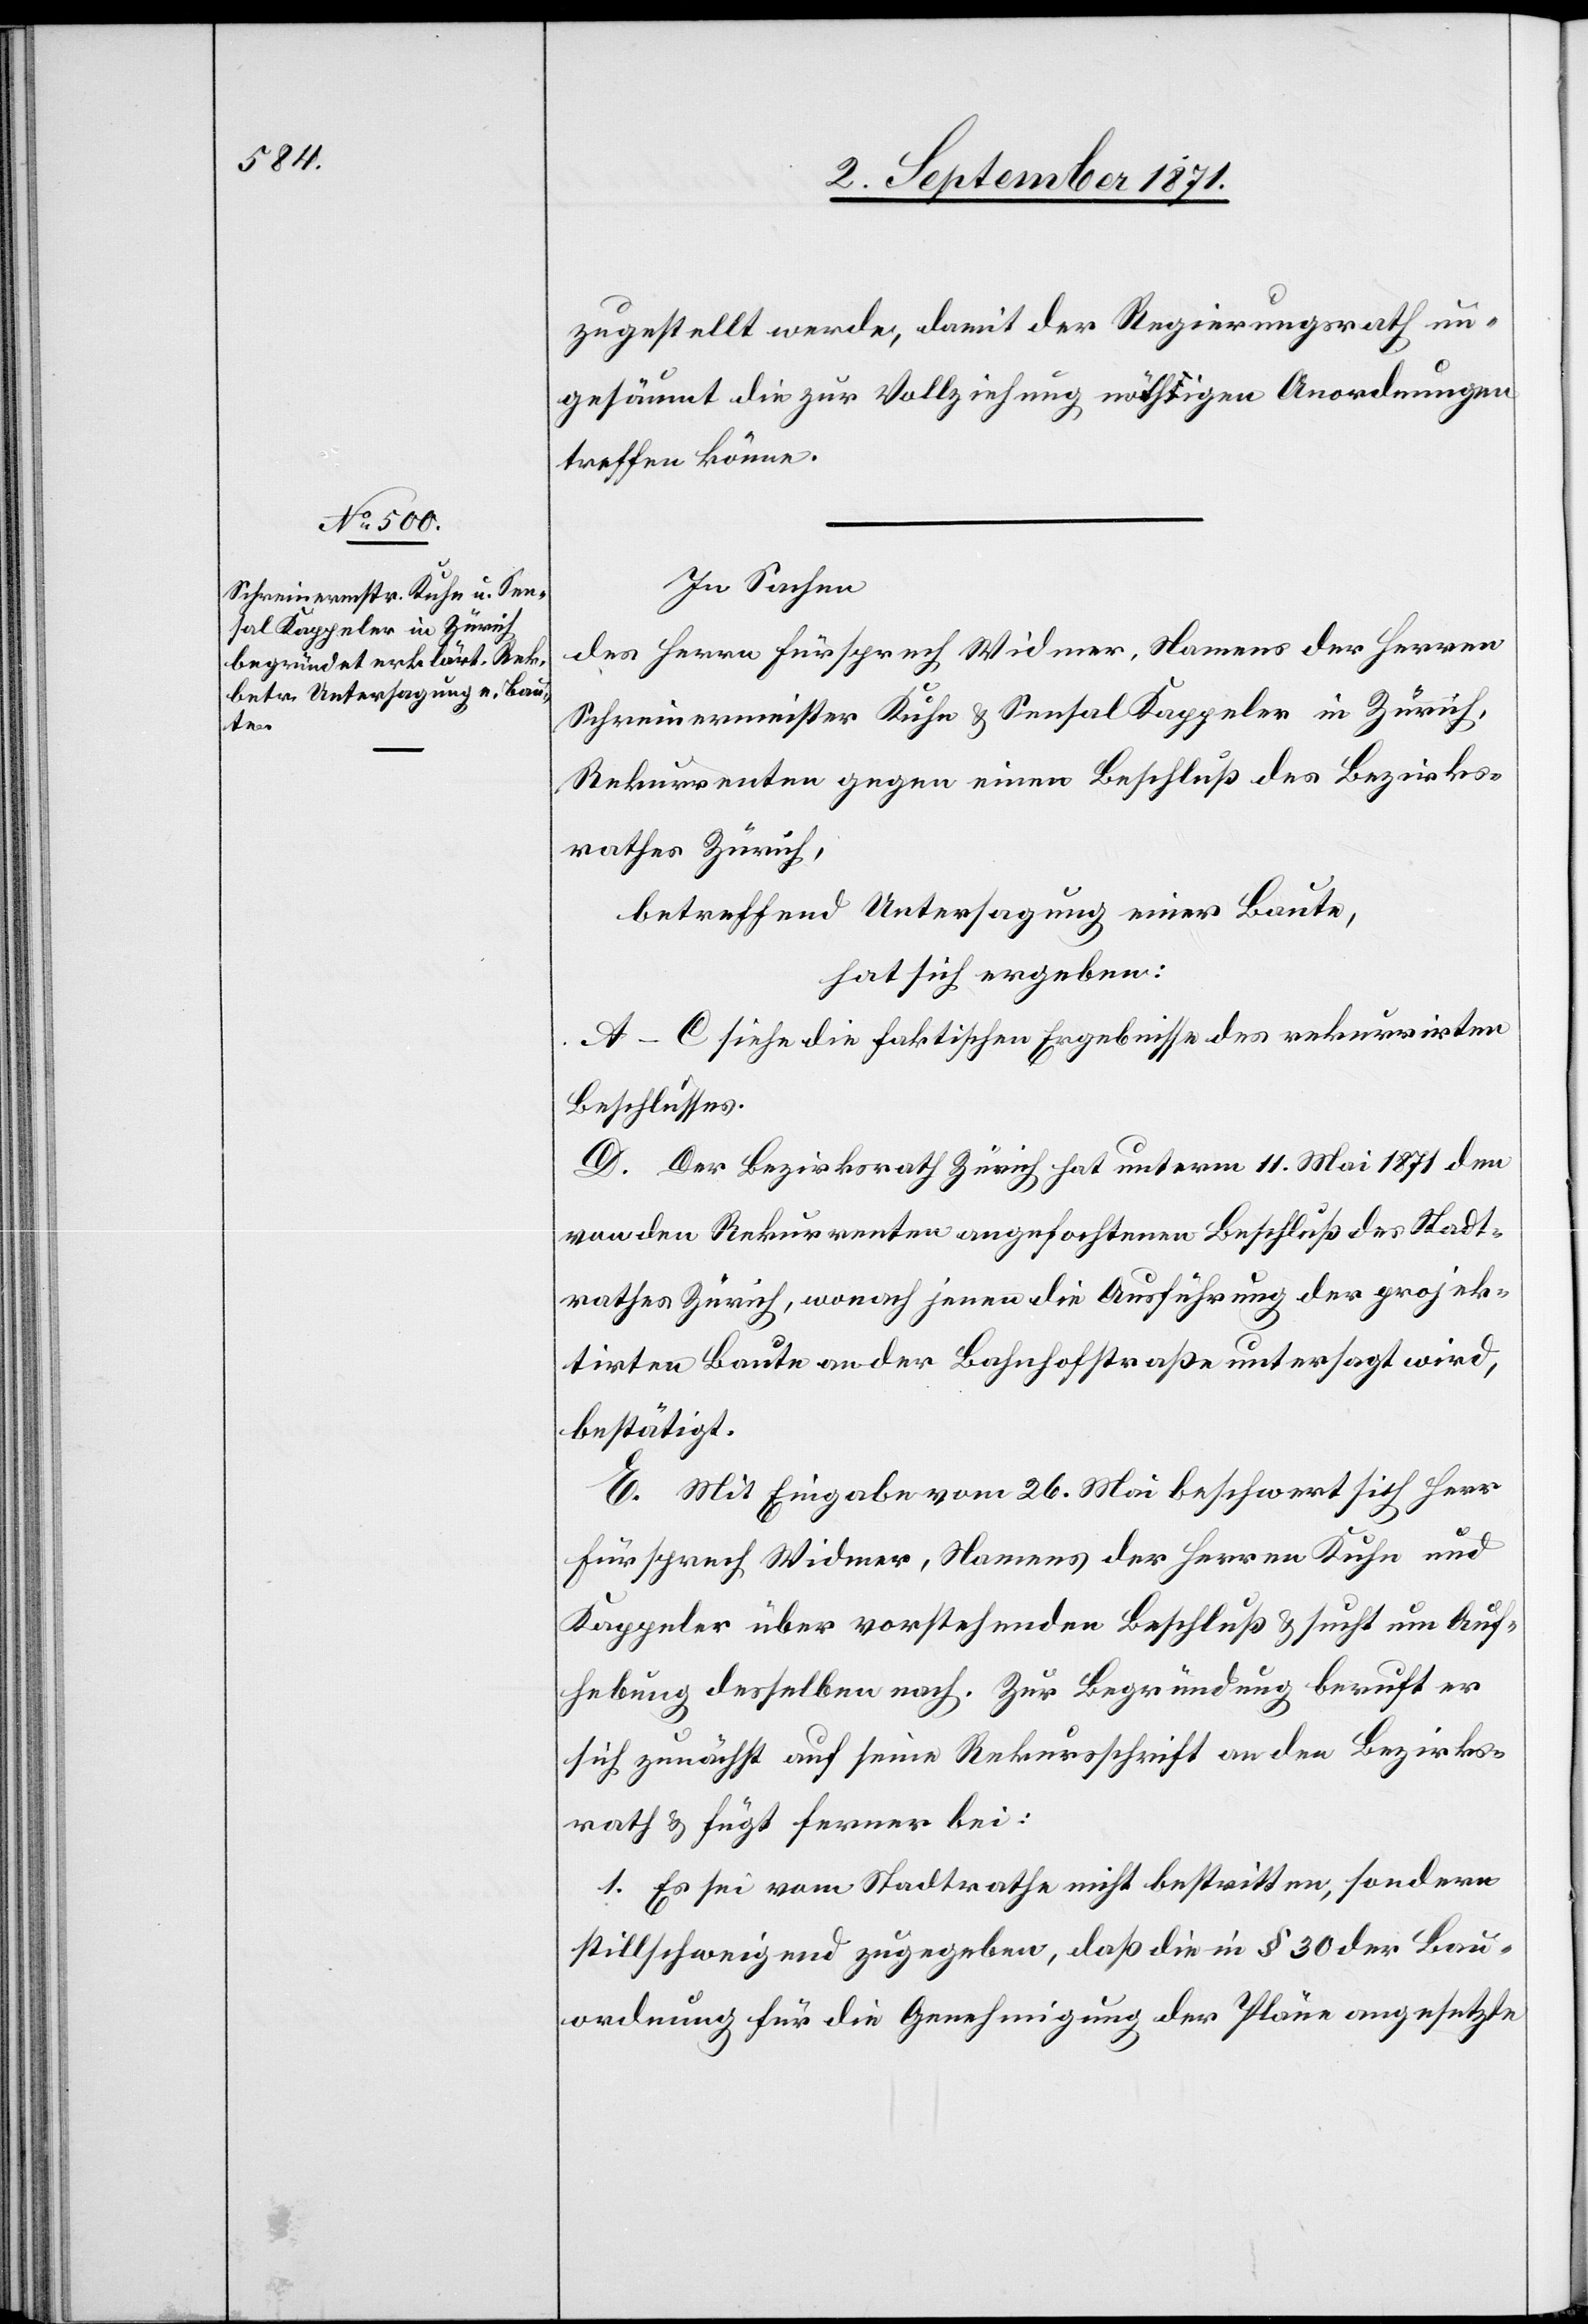
zugestellt werde, damit der Regierungsrath un¬
gesäumt die zur Vollziehung nöthigen Anordnungen
treffen könne.
In Sachen
des Herrn Fürsprech Widmer, Namens der Herren
Schreinermeister Kuhn & Sensal Kappeler in Zürich,
Rekurrenten gegen einen Beschluß des Bezirks¬
rathes Zürich,
betreffend Untersagung einer Baute
hat sich ergeben:
A–C siehe die faktischen Ergebnisse des rekurrirten
Beschlusses.
D. Der Bezirksrath Zürich hat unterm 11. Mai 1871 den
von den Rekurrenten angefochtenen Beschluss des Stadt¬
rathes Zürich, wonach jenen die Ausführung der projek¬
tirten Baute an der Bahnhofstraße untersagt wird,
bestätigt.
E. Mit Eingabe vom 26. Mai beschwert sich Herr
Fürsprech Widmer, Namens der Herren Kuhn und
Kappeler über vorstehenden Beschluß & sucht um Auf¬
hebung desselben nach. Zur Begründung beruft er
sich zunächt auf seine Rekursschrift an den Bezirks¬
rath & fügt ferner bei:
1. Es sei vom Stadtrathe nicht bestritten, sondern
stillschweigend zugegeben, daß die in § 30 der Bau¬
ordnung für die Genehmigung der Pläne angesetzte